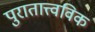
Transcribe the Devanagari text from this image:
पुरातात्त्वविक